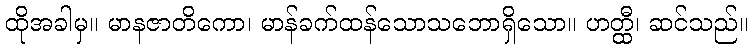
ထိုအခါမှ။ မာနဇာတိကော၊ မာန်ခက်ထန်သောသဘောရှိသော။ ဟတ္ထီ၊ ဆင်သည်။